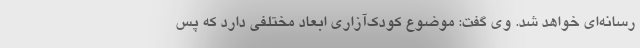
رسانه‌ای خواهد شد. وی گفت: موضوع کودک‌آزاری ابعاد مختلفی دارد که پس